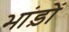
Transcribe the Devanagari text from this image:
भांड़ों